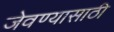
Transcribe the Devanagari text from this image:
जेवण्यासाठी